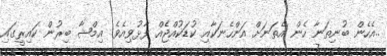
..އެހެން ބުނިތަނާ ހެން އެތަނަށް އަންހެނަކާއި ކުޑަކުއްޖެއް ފާޅުވިއެވެ. އިމްޝާ ބިރުން ކައިރީގައި